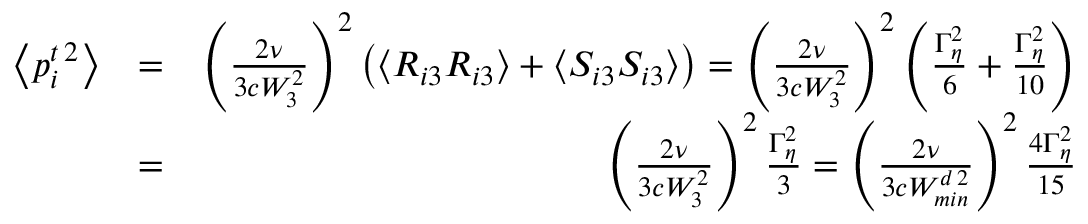
\begin{array} { r l r } { \left\langle p _ { i } ^ { t \, 2 } \right\rangle } & { = } & { \left( \frac { 2 \nu } { 3 c W _ { 3 } ^ { 2 } } \right) ^ { 2 } \left( \left\langle R _ { i 3 } R _ { i 3 } \right\rangle + \left\langle S _ { i 3 } S _ { i 3 } \right\rangle \right) = \left( \frac { 2 \nu } { 3 c W _ { 3 } ^ { 2 } } \right) ^ { 2 } \left( \frac { \Gamma _ { \eta } ^ { 2 } } { 6 } + \frac { \Gamma _ { \eta } ^ { 2 } } { 1 0 } \right) } \\ & { = } & { \left( \frac { 2 \nu } { 3 c W _ { 3 } ^ { 2 } } \right) ^ { 2 } \frac { \Gamma _ { \eta } ^ { 2 } } { 3 } = \left( \frac { 2 \nu } { 3 c W _ { m i n } ^ { d \, 2 } } \right) ^ { 2 } \frac { 4 \Gamma _ { \eta } ^ { 2 } } { 1 5 } } \end{array}